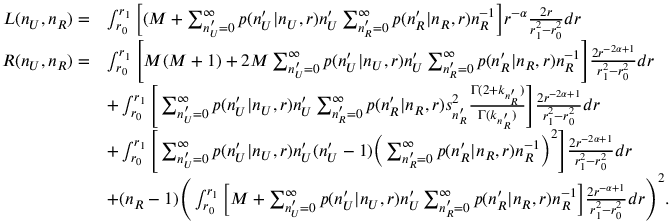
\begin{array} { r l } { L ( n _ { U } , n _ { R } ) = } & { \int _ { r _ { 0 } } ^ { r _ { 1 } } \bigg [ ( M + \sum _ { n _ { U } ^ { \prime } = 0 } ^ { \infty } p ( n _ { U } ^ { \prime } | n _ { U } , r ) n _ { U } ^ { \prime } \sum _ { n _ { R } ^ { \prime } = 0 } ^ { \infty } p ( n _ { R } ^ { \prime } | n _ { R } , r ) n _ { R } ^ { - 1 } \bigg ] r ^ { - \alpha } \frac { 2 r } { r _ { 1 } ^ { 2 } - r _ { 0 } ^ { 2 } } d r } \\ { R ( n _ { U } , n _ { R } ) = } & { \int _ { r _ { 0 } } ^ { r _ { 1 } } \Bigg [ M ( M + 1 ) + 2 M \sum _ { n _ { U } ^ { \prime } = 0 } ^ { \infty } p ( n _ { U } ^ { \prime } | n _ { U } , r ) n _ { U } ^ { \prime } \sum _ { n _ { R } ^ { \prime } = 0 } ^ { \infty } p ( n _ { R } ^ { \prime } | n _ { R } , r ) n _ { R } ^ { - 1 } \Bigg ] \frac { 2 r ^ { - 2 \alpha + 1 } } { r _ { 1 } ^ { 2 } - r _ { 0 } ^ { 2 } } d r } \\ & { + \int _ { r _ { 0 } } ^ { r _ { 1 } } \Bigg [ \sum _ { n _ { U } ^ { \prime } = 0 } ^ { \infty } p ( n _ { U } ^ { \prime } | n _ { U } , r ) n _ { U } ^ { \prime } \sum _ { n _ { R } ^ { \prime } = 0 } ^ { \infty } p ( n _ { R } ^ { \prime } | n _ { R } , r ) s _ { n _ { R } ^ { \prime } } ^ { 2 } \frac { \Gamma ( 2 + k _ { n _ { R } ^ { \prime } } ) } { \Gamma ( k _ { n _ { R } ^ { \prime } } ) } \Bigg ] \frac { 2 r ^ { - 2 \alpha + 1 } } { r _ { 1 } ^ { 2 } - r _ { 0 } ^ { 2 } } d r } \\ & { + \int _ { r _ { 0 } } ^ { r _ { 1 } } \Bigg [ \sum _ { n _ { U } ^ { \prime } = 0 } ^ { \infty } p ( n _ { U } ^ { \prime } | n _ { U } , r ) n _ { U } ^ { \prime } ( n _ { U } ^ { \prime } - 1 ) \bigg ( \sum _ { n _ { R } ^ { \prime } = 0 } ^ { \infty } p ( n _ { R } ^ { \prime } | n _ { R } , r ) n _ { R } ^ { - 1 } \bigg ) ^ { 2 } \Bigg ] \frac { 2 r ^ { - 2 \alpha + 1 } } { r _ { 1 } ^ { 2 } - r _ { 0 } ^ { 2 } } d r } \\ & { + ( n _ { R } - 1 ) \Bigg ( \int _ { r _ { 0 } } ^ { r _ { 1 } } \bigg [ M + \sum _ { n _ { U } ^ { \prime } = 0 } ^ { \infty } p ( n _ { U } ^ { \prime } | n _ { U } , r ) n _ { U } ^ { \prime } \sum _ { n _ { R } ^ { \prime } = 0 } ^ { \infty } p ( n _ { R } ^ { \prime } | n _ { R } , r ) n _ { R } ^ { - 1 } \bigg ] \frac { 2 r ^ { - \alpha + 1 } } { r _ { 1 } ^ { 2 } - r _ { 0 } ^ { 2 } } d r \Bigg ) ^ { 2 } . } \end{array}